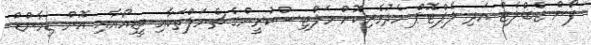
ފޯން ޓެބްލެޓް އަދި ލެޕްޓޮޕް މެދުވެރިކޮށް މަލްޓިސްކުރީންގެ ޗެނަލްތަކާއި ވީޑިއޯއާއި އޮން ޑިމާންޑް